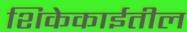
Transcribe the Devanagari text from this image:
शिकेकाईतील